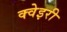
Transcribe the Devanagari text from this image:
क्वेइरी